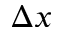
\Delta x